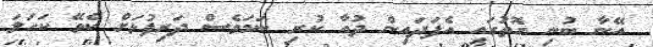
އޭނާ ބުނި ގޮތުގައި އެފަދައިން ދުއާ ކުރި ނަމަވެސް ދަރިފުޅަށް ކެވޭ ކަހަލަ